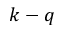
k - q